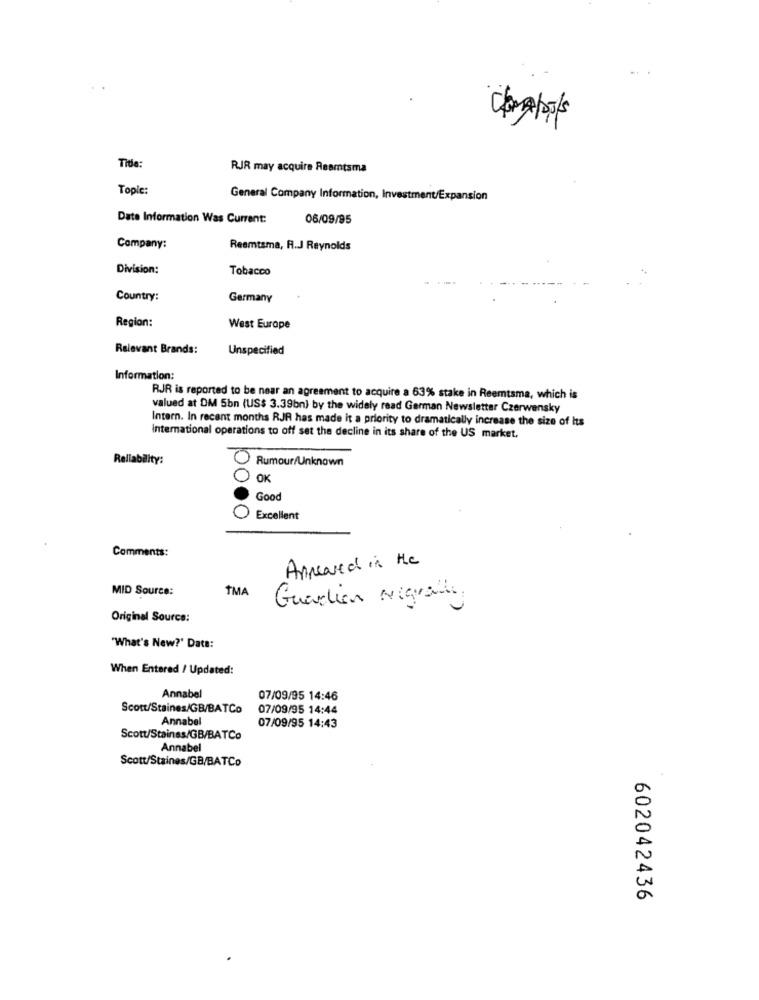
Title:
RJR may acquire Reemtsma
Topic:
General Company Information, Investment/Expansion
Date Information Was Current:
06/09/95
Company:
Reemtsma, R.J Reynolds
Division:
Tobacco
Country:
Germany
Region:
West Europe
Relevant Brands:
Unspecified
Information:
RJJR is reported to be near an agreement to acquire a 63% stake in Reemtsma, which is
valued at DM 5bn (US$ 3.39bn) by the widely read German Newsletter Czerwensky
Intern. In recent months RJR has made it a priority to dramatically increase the size of Its
International operations to off set the decline in its share of the US market,
Reliability:
0
Rumour/Unknown
OK
Good
Excellent
Comments:
Appeared in the
MID Source:
TMA
Guardian Nigrado
Original Source:
"What's New?' Date:
When Entered / Updated:
Annabel
07/09/95 14:46
Scott/Staines/GB/BATCo
07/09/95 14:44
Annabel
07/09/95 14:43
Scott/Staines/GB/BATCo
Annabel
Scott/Staines/GB/BATCo
602042436